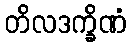
တိလဒက္ခိဏံ